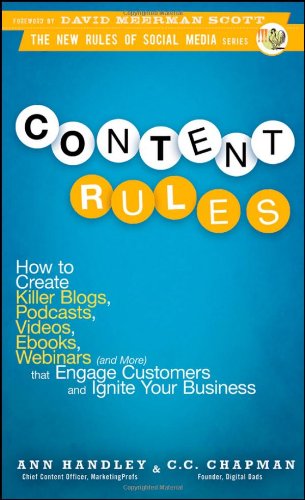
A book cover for Content Rules: How to Create Killer Blogs, Podcasts, Videos, Ebooks, Webinars (and More) That Engage Customers and Ignite Your Business (New Rules Social Media Series); Ann Handley; Computers & Technology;